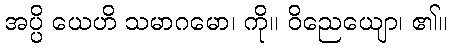
အပ္ပိ ယေဟိ သမာဂမော၊ ကို။ ဝိညေယျော၊ ၏။